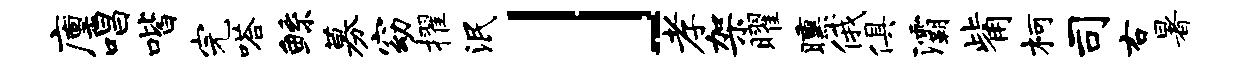
廪唱喈完嗒鲧募窈擢泯」孝架曜曛俄俱灞觜柯司右暑